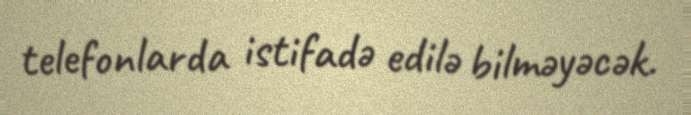
telefonlarda istifadə edilə bilməyəcək.